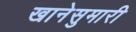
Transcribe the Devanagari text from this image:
खानेसुमारी